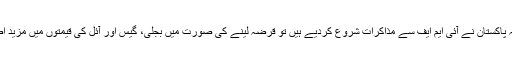
اب جب کہ پاکستان نے آئی ایم ایف سے مذاکرات شروع کردیے ہیں تو قرضہ لینے کی صورت میں بجلی، گیس اور آئل کی قیمتوں میں مزید اضافہ ہوگا۔